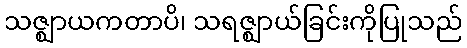
သဇ္ဈာယကတာပိ၊ သရဇ္ဈာယ်ခြင်းကိုပြုသည်